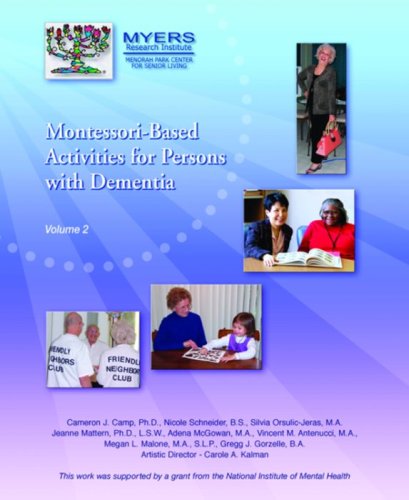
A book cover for Montessori Based Activities for Persons, Vol.II; Cameron J. Camp; Parenting & Relationships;